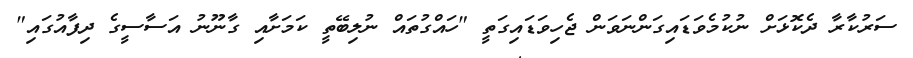
ސަރުކާރާ ދެކޮޅަށް ނުކުމެވަޑައިގަންނަވަން ޖެހިވަޑައިގަތީ "ހައްގުތައް ނުލިބޭތީ ކަމަށާއި ގާނޫނު އަސާސީގެ ދިފާއުގައި"